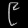
Digit: ၉